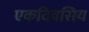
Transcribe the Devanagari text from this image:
एकदिवसिय